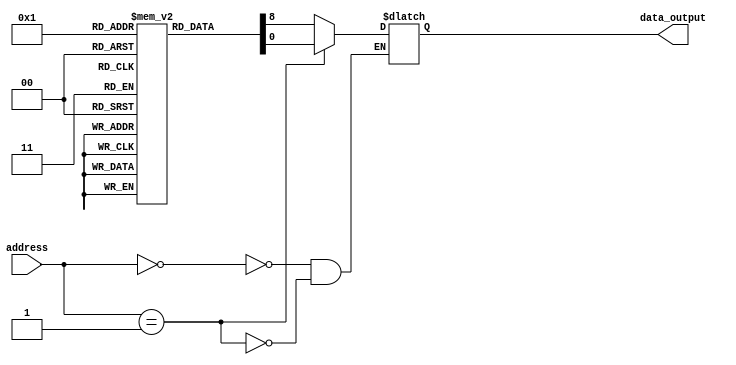
module Fuse_ROM(
    input wire [7:0] address,
    output reg data_output
);

reg [7:0] memory [0:255];

initial begin
    // Initialize memory with data
    memory[0] = 8'b00000000;
    memory[1] = 8'b00000001;
    // Add more data initialization here
    
end

always @(*) begin
    case(address)
        8'b00000000: data_output = memory[0];
        8'b00000001: data_output = memory[1];
        // Add more cases here
        
    endcase
end

endmodule